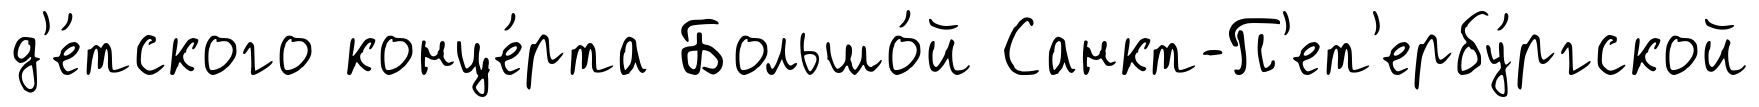
д'е́тского конце́рта Большо́й Санкт-П'ет'ербу́ргской